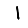
Digit: 1